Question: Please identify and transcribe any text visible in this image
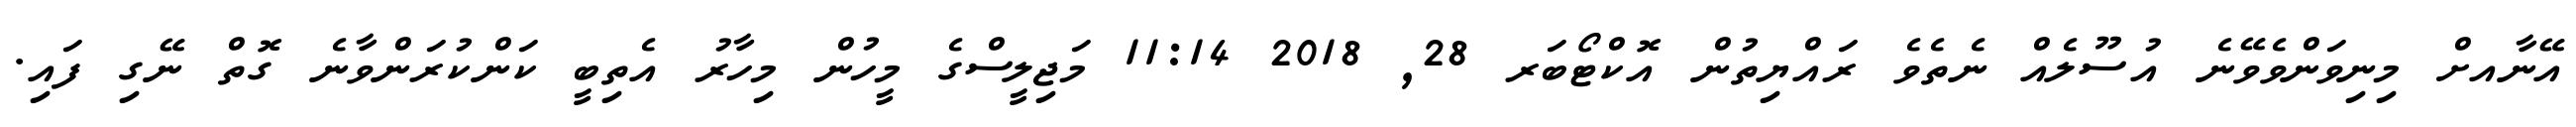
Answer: އޭނާއށް މިނިވަންވެވޭނެ އުސޫލެއް ނެތެވެ ރައްޔިތުން އޮކްޓޯބަރ 28, 2018 11:14 މަޖިލީސްގެ މީހުން މިހާރު އެތިބީ ކަންކުރަންވާނެ ގޮތް ނޭގި ފައި.